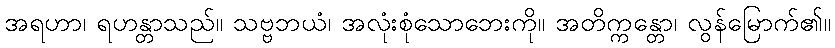
အရဟာ၊ ရဟန္တာသည်။ သဗ္ဗဘယံ၊ အလုံးစုံသောဘေးကို။ အတိက္ကန္တော၊ လွန်မြောက်၏။